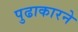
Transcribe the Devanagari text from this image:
पुढाकारने